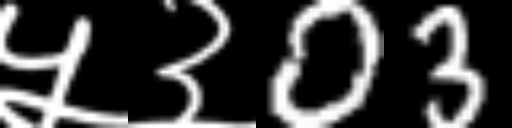
Text: ५३03